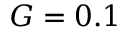
G = 0 . 1